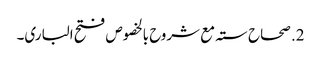
2. صحاح ستہ مع شروح بالخصوص فتح الباری۔